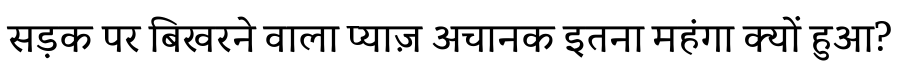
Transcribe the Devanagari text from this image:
सड़क पर बिखरने वाला प्याज़ अचानक इतना महंगा क्यों हुआ?